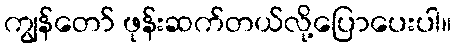
ကျွန်တော် ဖုန်းဆက်တယ်လို့ပြောပေးပါ။